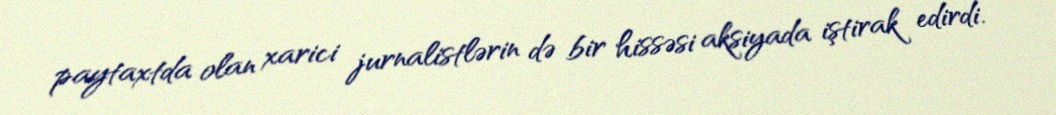
paytaxtda olan xarici jurnalistlərin də bir hissəsi aksiyada iştirak edirdi.